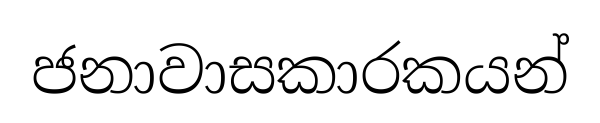
ජනාවාසකාරකයන්